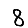
Digit: 8